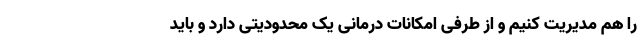
را هم مدیریت کنیم و از طرفی امکانات درمانی یک محدودیتی دارد و باید